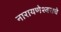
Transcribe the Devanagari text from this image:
नारायणेश्वराचे